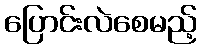
ပြောင်းလဲစေမည့်